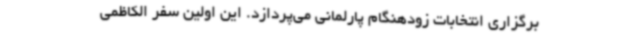
برگزاری انتخابات زودهنگام پارلمانی می‌پردازد. این اولین سفر الکاظمی